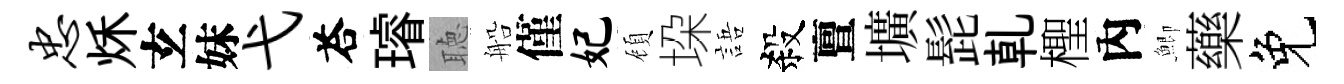
忠秌𤣥妹弋荅璿聴船僅妃頋垜語殺亶壙髭乹檉內鯽藥免